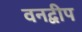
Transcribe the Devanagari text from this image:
वनद्वीप